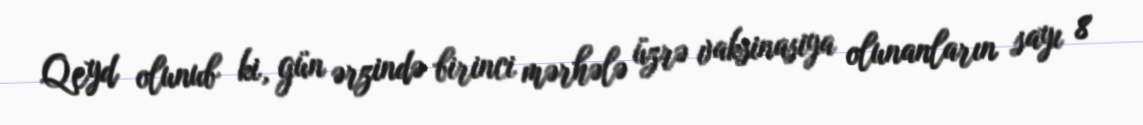
Qeyd olunub ki, gün ərzində birinci mərhələ üzrə vaksinasiya olunanların sayı 8